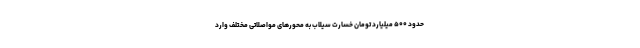
حدود ۵۰۰ میلیارد تومان خسارت سیلاب به محورهای مواصلاتی مختلف وارد